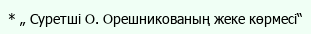
* „ Суретші О. Орешникованың жеке көрмесі“